Civil Veterinary Department. United Provinces 1912-22 - 1912-1922
Year: 1912
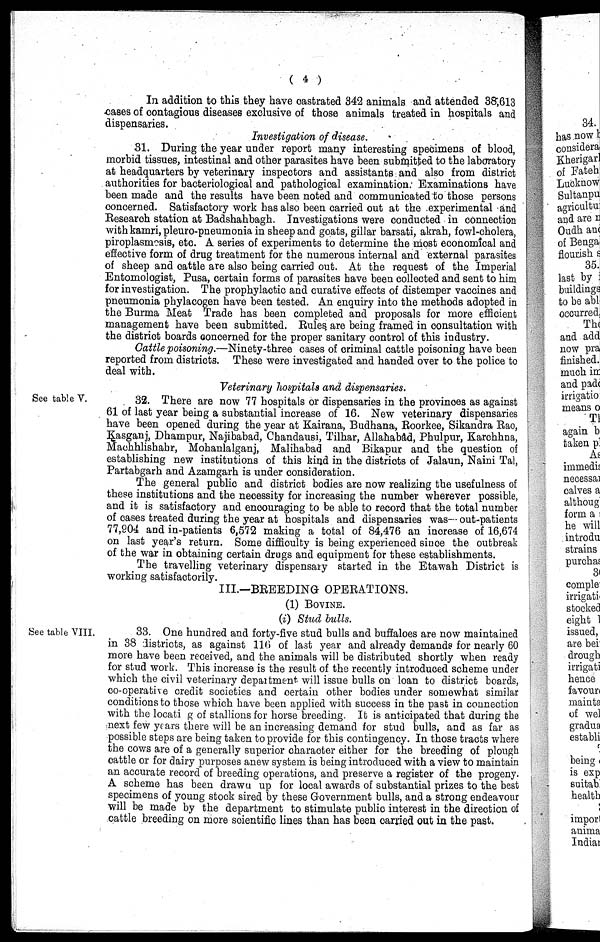
( 4 )
In addition to this they have castrated 842 animals and attended 38,613
cases of contagious diseases exclusive of those animals treated in hospitals and
dispensaries.
Investigation of disease.
31. During the year under report many interesting specimens of blood,
morbid tissues, intestinal and other parasites have been submitted to the laboratory
at headquarters by veterinary inspectors and assistants and also from district
authorities for bacteriologioal and pathological examination: Examinations have
been made and the results have been noted and communicated to those persons
concerned. Satisfactory work has also been carried out at the experimental and
Research station at Badshahbagh. Investigations were conducted in connection
with kamri, pleuro-pneumonia in sheep and goats, gillar barsati, akrah, fowl-cholera,
piroplasmasis, etc. A series of experiments to determine the most economical and
effective form of drug treatment for the numerous internal and external parasites
of sheep and cattle are also being carried out. At the request of the Imperial
Entomologist, Pusa, certain forms of parasites have been collected and sent to him
for investigation. The prophylactic and curative effects of distemper vaccines and
pneumonia phylacogen have been tested. An enquiry into the methods adopted in
the Burma Meat Trade has been completed and proposals for more efficient
management have been submitted. Rules. are being framed in consultation with
the district boards concerned for the proper sanitary control of this industry.
Cattle poisoning.—Ninety-three cases of criminal cattle poisoning have been
reported from districts. These were investigated and handed over to the police to
deal with.
Veterinary hospitals and dispensaries.
See table V.
32. There are now 77 hospitals or dispensaries in the provinces as against
61 of last year being a substantial increase of 16. New veterinary dispensaries
have been opened during the year at Kairana, Budhana, Roorkee, Sikandra Rao,
Kasganj, Dhampur, Najibabad, Chandausi, Tilhar, Allahabad, Phulpur, Karchhna,
Machhlishabr, Mohanlalganj, Malihabad and Bikapur and the question of
establishing new institutions of this kind in the districts of Jalaun, Naini Tal,
Partabgarh and Azamgarh is under consideration.
The general public and district bodies are now realizing the usefulness of
these institutions and the necessity for increasing the number wherever possible,
and it is satisfactory and encouraging to be able to record that the total number
of oases treated during the year at hospitals and dispensaries was— out-patients
77,904 and in-patients 6,572 making a total of 84,476 an increase of 16,674
on last year's return. Some difficulty is being experienced since the outbreak
of the war in obtaining certain drugs and equipment for these establishments.
The travelling veterinary dispensary started in the Etawah District is
working satisfactorily.
III.-BREEDING OPERATIONS.
(1) BOVINE.
(i) Stud bulls.
See table VIII.
33. One hundred and forty-five stud bulls and buffaloes are now maintained
in 38 districts, as against 116 of last year and already demands for nearly 60
more have been received, and the animals will be distributed shortly when ready
for stud work. This increase is the result of the recently introduced scheme under
which the civil veterinary department will issue bulls on loan to district boards,
co-operative credit societies and certain other bodies under somewhat similar
conditions to those which have been applied with success in the past in connection
with the locati g of stallions for horse breeding. It is anticipated that during the
next few years there will be an increasing demand for stud bulls, and as far as
possible steps are being taken to provide for this contingency. In those tracts where
the cows are of a generally superior character either for the breeding of plough
cattle or for dairy purposes anew system is being introduced with a view to maintain
an accurate record of breeding operations, and preserve a register of the progeny.
A scheme has been drawn up for local awards of substantial prizes to the best
specimens of young stock sired by these Government bulls, and a strong endeavour
will be made by the department to stimulate public interest in the direction of
cattle breeding on more scientific lines than has been carried out in the past.